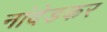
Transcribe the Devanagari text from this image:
नांदेडकर